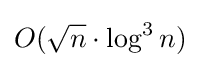
O({\sqrt {n}}\cdot \log ^{3}n)